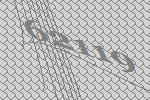
62119